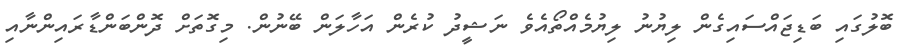
ބޮލުގައި ބަޑިޖައްސައިގެން ލިޔުނު ލިޔުމެއްތޯއެވެ ނަޝީދު ކުރެން އަހާލަން ބޭނުން. މިގޮތަށް ދޮންބަންޑާރައިންނާއި